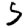
Digit: 5